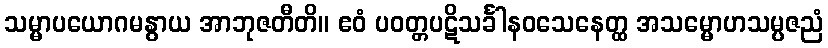
သမ္မာပယောဂမနွာယ အာဘုဇတီတိ။ ဧဝံ ပဝတ္တပဋိသင်္ခါနဝသေနေတ္ထ အသမ္မောဟသမ္ပဇညံ